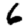
Digit: 6